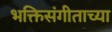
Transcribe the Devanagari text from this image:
भक्तिसंगीताच्या